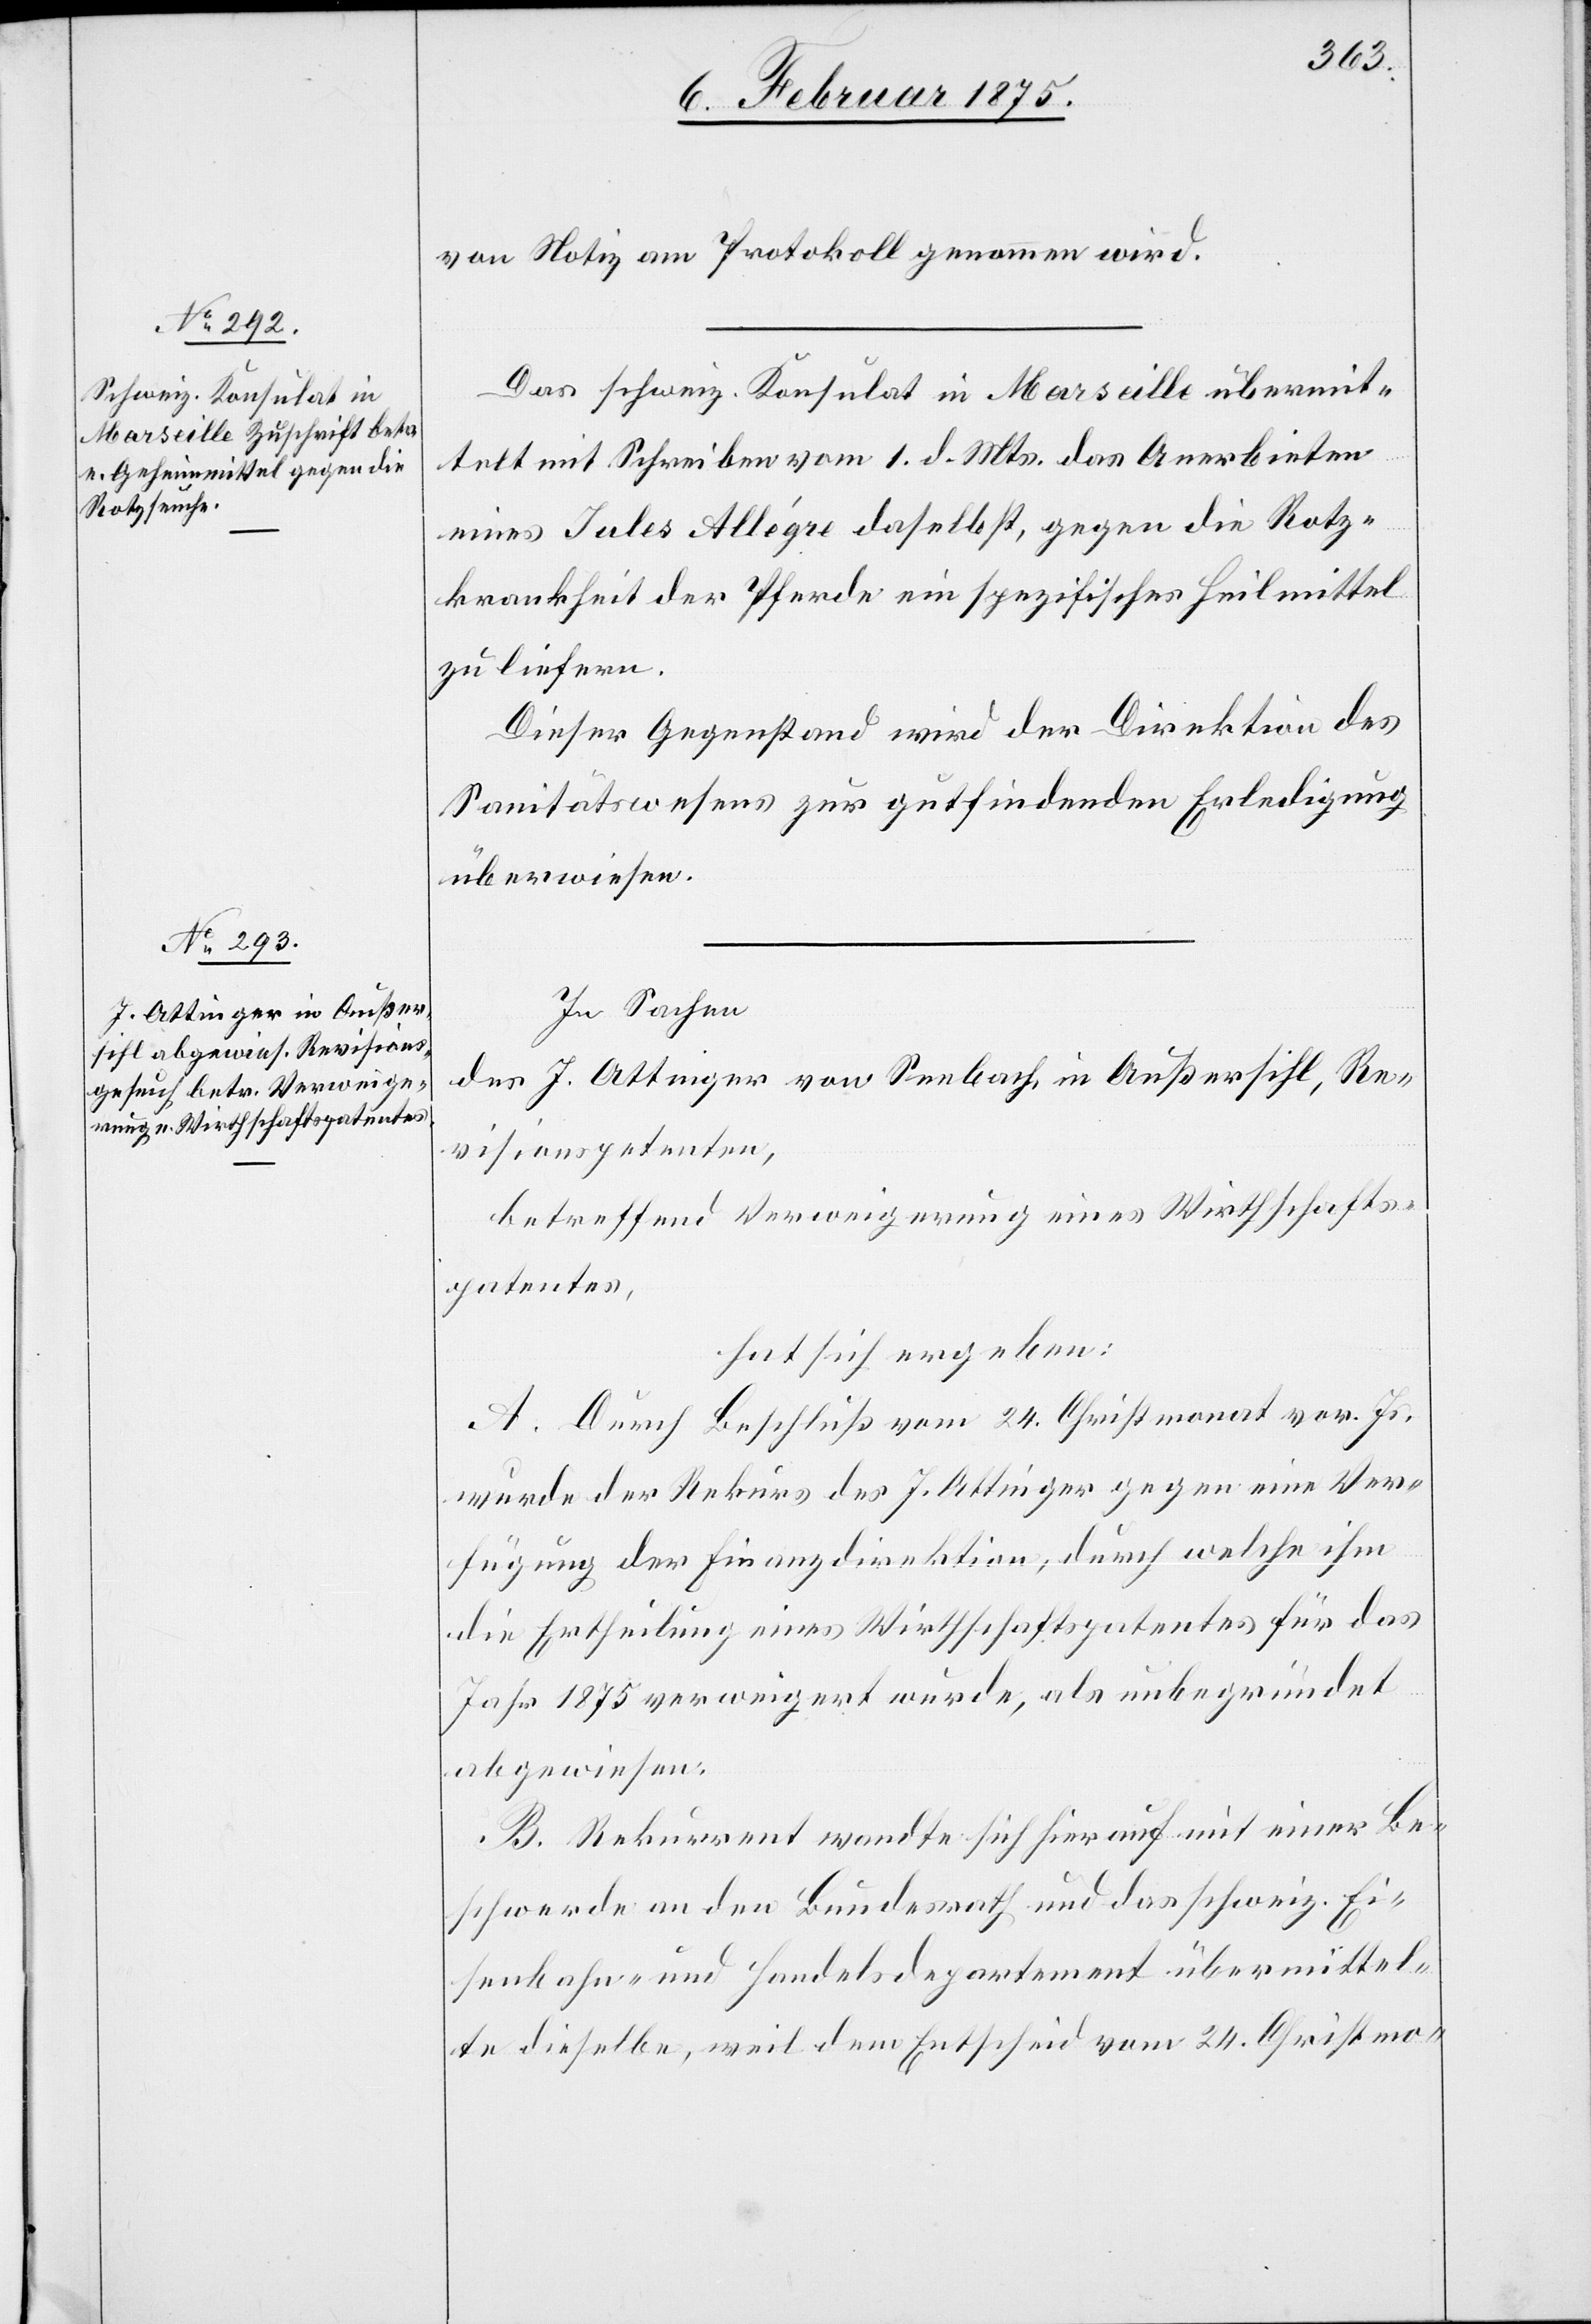
von Notiz am Protokoll genommen wird.
Das schweiz. Konsulat in Marseille übermit¬
telt mit Schreiben vom 1. d. Mts. das Anerbieten
eines Jules Allégre daselbst, gegen die Rotz¬
krankheit der Pferde ein spezifisches Heilmittel
zu liefern.
Dieser Gegenstand wird der Direktion des
Sanitätswesens zur gutfindenden Erledigung
überwiesen.
In Sachen
des J. Attinger von Seebach, in Außersihl, Re¬
visionspetenten,
betreffend Verweigerung eines Wirthschafts¬
patentes,
hat sich ergeben:
A. Durch Beschluß vom 24. Christmonat vor. Js.
wurde der Rekurs des J. Attinger gegen eine Ver¬
fügung der Finanzdirektion, durch welche ihm
die Ertheilung eines Wirthschaftspatentes für das
Jahr 1875 verweigert wurde, als unbegründet
abgewiesen.
B. Rekurrent wandte sich hierauf mit einer Be¬
schwerde an den Bundesrath und das schweiz. Ei¬
senbahn- und Handelsdepartement übermittel¬
te dieselbe, weil dem Entscheid vom 24. Christmo-